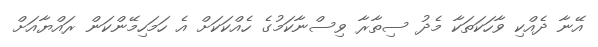
އޭނާ ދެއްކި ވާހަކަތަކާ މެދު ސިތާރާ ވިސްނާކަމުގެ ހެއްކަކަށް އެ ހަމަހިމޭންކަން ރައްޔާއަށް